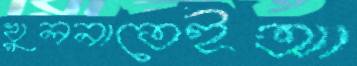
খুলনাতেইআ